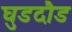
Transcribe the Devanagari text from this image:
घुडदौड